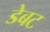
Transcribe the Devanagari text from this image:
डेबट